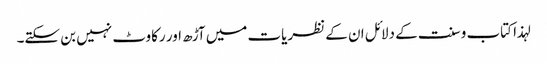
لہذا کتاب وسنت کے دلائل ان کے نظریات میں آڑھ اور رکاوٹ نہیں بن سکتے۔